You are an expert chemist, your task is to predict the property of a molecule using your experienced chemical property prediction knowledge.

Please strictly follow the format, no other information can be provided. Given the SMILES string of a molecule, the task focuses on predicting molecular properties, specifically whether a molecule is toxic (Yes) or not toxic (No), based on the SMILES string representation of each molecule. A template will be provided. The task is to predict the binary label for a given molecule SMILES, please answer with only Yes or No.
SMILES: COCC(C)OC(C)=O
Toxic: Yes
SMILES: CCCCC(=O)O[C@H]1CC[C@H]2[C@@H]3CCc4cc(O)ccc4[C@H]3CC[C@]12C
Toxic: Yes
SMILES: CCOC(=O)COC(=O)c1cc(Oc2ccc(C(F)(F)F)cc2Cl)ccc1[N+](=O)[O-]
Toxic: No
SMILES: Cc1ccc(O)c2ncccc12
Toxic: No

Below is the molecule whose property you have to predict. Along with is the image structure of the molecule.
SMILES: CCCCC1C(=O)N(c2ccccc2)N(c2ccc(O)cc2)C1=O
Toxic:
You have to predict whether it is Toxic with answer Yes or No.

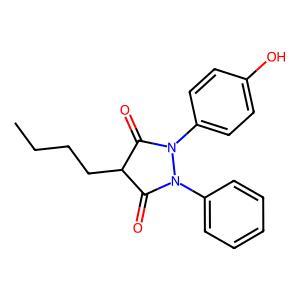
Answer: No